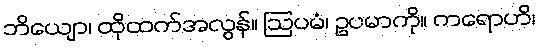
ဘိယျော၊ ထိုထက်အလွန်။ ဩပမံ၊ ဥပမာကို။ ကရောဟိ၊